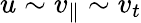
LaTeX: u\sim v_{\parallel}\sim v_{t}